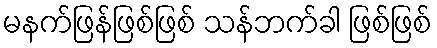
မနက်ဖြန်ဖြစ်ဖြစ် သန်ဘက်ခါ ဖြစ်ဖြစ်